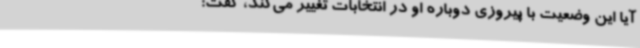
آیا این وضعیت با پیروزی دوباره او در انتخابات تغییر می‌کند، گفت:‌